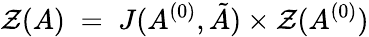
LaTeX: {\cal Z}(A)\; =\; J(A^{(0)},{\tilde{A}})\times{\cal Z}(A^{(0)})